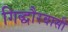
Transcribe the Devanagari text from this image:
गिद्धौरवासी